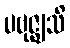
ပဗုဇ္ဈသိ